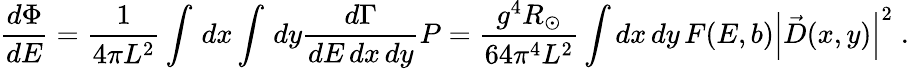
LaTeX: {\frac{d\Phi}{dE}}={\frac{1}{4\pi L^{2}}}\int\, dx\int\, dy{\frac{d\Gamma}{dE\, dx\, dy}}P={\frac{g^{4}R_{\odot}}{64\pi^{4}L^{2}}}\int dx\, dy\, F(E,b)\left|\vec{D}(x,y)\right|^{2}\; .